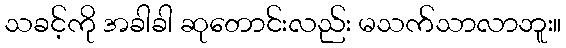
သခင့်ကို အခါခါ ဆုတောင်းလည်း မသက်သာလာဘူး။